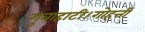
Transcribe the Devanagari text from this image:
गुवाहाटी।गोहत्ती